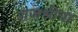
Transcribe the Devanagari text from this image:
राजश्रीचा